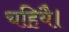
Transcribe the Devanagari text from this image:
चहियै।